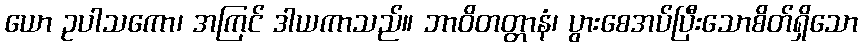
ယော ဥပါသကော၊ အကြင် ဒါယကာသည်။ ဘာဝိတတ္တာနံ၊ ပွားစေအပ်ပြီးသောစိတ်ရှိသော